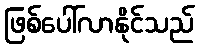
ဖြစ်ပေါ်လာနိုင်သည်